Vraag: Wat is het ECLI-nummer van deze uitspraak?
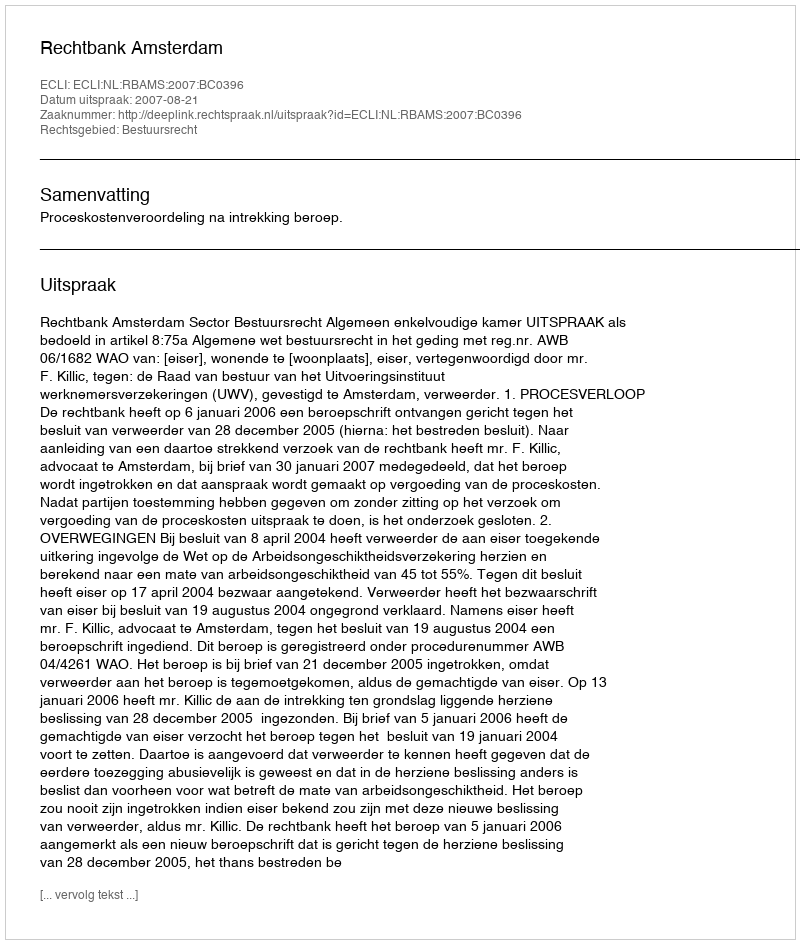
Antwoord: ECLI:NL:RBAMS:2007:BC0396